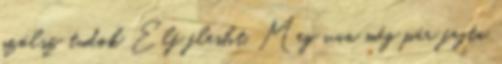
szólsz tudok Elf flesht. Meg van még pár fajta